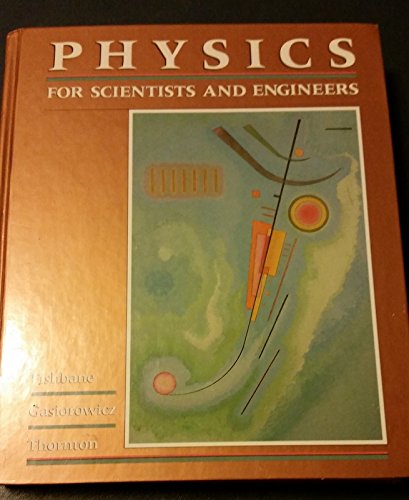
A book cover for Physics for Scientists and Engineers; Paul M. Fishbane; Science & Math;